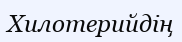
Хилотерийдің